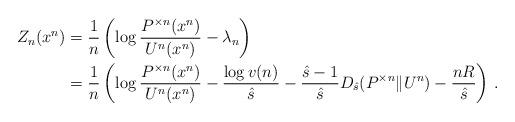
LaTeX: \begin{align*} Z_n(x^n) &= \frac{1}{n} \left( \log \frac{P^{\times n}(x^n)}{U^n(x^n)} - \lambda_n \right) \\ &= \frac{1}{n} \left( \log \frac{P^{\times n}(x^n)}{U^n(x^n)} - \frac{\log v(n)}{\hat{s}} - \frac{\hat{s}-1}{\hat{s}} D_{\hat{s}}(P^{\times n}\|U^n) - \frac{nR}{\hat{s}} \right) \,. \end{align*}